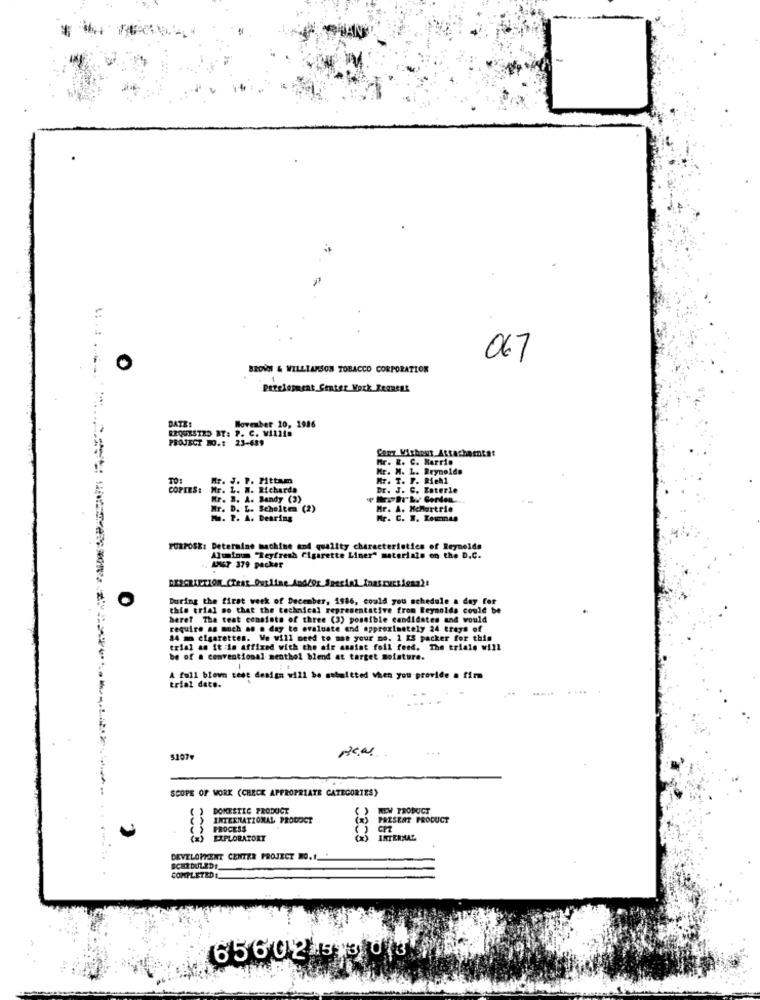
067
BROWN & WILLIAMSON TOBACCO CORPORATION
Petelegment Center Work Femmeas
DATE!
ERQUESTRO BY: P. C. WILLIn
November 10, 1986
PROJECT 10.1 23-689
Cony Without Attachments:
Mr. R. C. Marrio
Mr. M. L. Reynolds
TO:
Mr. J. P. Pittam
Mr. T. P. Riehl
COPIES: Mr. L. W. Richarda
Dr. J. C. Enterle
Mr. B. A. Sandy (3)
Mr. D. L. Scholten (2)
Mr. A. McHartrie
M. P. A. Dearing
Mr. C. B. Reunan
PURPOSE: Determine machine and quality characteristics of Reynolds
Aluminum "Reyfresh Cigarette Liner" materials on the D.C.
AMET 379 packer
During the first week of December, 1986, could you schedule a day for
this trial so that the technical representative from Reynolds could be
beret The teat consists of three (3) possible candidates and would
require as much as o day to evaluate and approximately 24 trays of
84 m cigarettes. We will need to use your no. 1 KS packer for this
trial an it is affixed with the air asaint foil feed. The trials will
be of a conventional menthol blend at target moisture.
A full blown test design will be submitted when you provide a fim
trial date.
5107₽
SCOPE OF WORK (CHECK APPROPRIATE CATEGORIES)
DOMESTIC PRODUCT
NEW PRODUCT
INTERNATIONAL PRODOCT
PRESEAT PRODUCT
> PROCESS
EXPLORATORY
INTERNAL
DEVELOPMENT CENTER PROJECT NO.1_
SCHEDULEDE
COMPLETEDA
6560 2 1313 0(3.